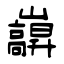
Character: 巐